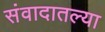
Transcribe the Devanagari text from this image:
संवादातल्या